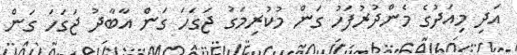
އަދި މިއަދުގެ މެންދުރުފަހު ގަން މުކުރިމަގު ޖަގަހަ ގަން އާބާދު ޖަގަހަ ގަން